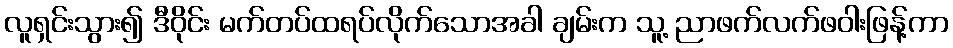
လူရှင်းသွား၍ ဒီဝိုင်း မက်တပ်ထရပ်လိုက်သောအခါ ချမ်းက သူ့ ညာဖက်လက်ဖဝါးဖြန့်ကာ